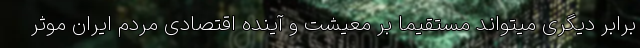
برابر دیگری میتواند مستقیما بر معیشت و آینده اقتصادی مردم ایران موثر